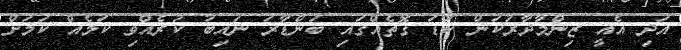
އަދި އެއީ ޒިންމާދާރުކަން ކުޑަ ގޮތެއްގައި ބަންޑާރަ ނައިބު ކުރެއްވި ކަމެއް ކަމަށް